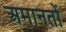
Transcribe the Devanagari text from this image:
अमानतों